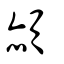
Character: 頳